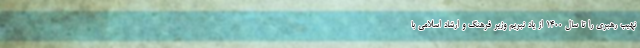
نهیب رهبری را تا سال 1400 از یاد نبریم وزیر فرهنگ و ارشاد اسلامی با